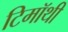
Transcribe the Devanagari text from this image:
टिमॉथी